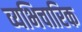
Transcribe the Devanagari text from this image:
व्यभिचारिक